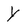
Character: Y